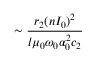
\sim \frac { r _ { 2 } ( n I _ { 0 } ) ^ { 2 } } { l \mu _ { 0 } \omega _ { 0 } \alpha _ { 0 } ^ { 2 } c _ { 2 } }